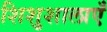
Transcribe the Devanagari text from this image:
शिशुशालाएँ